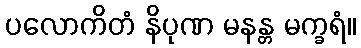
ပလောကိတံ နိပုဏ မနန္တ မက္ခရံ။